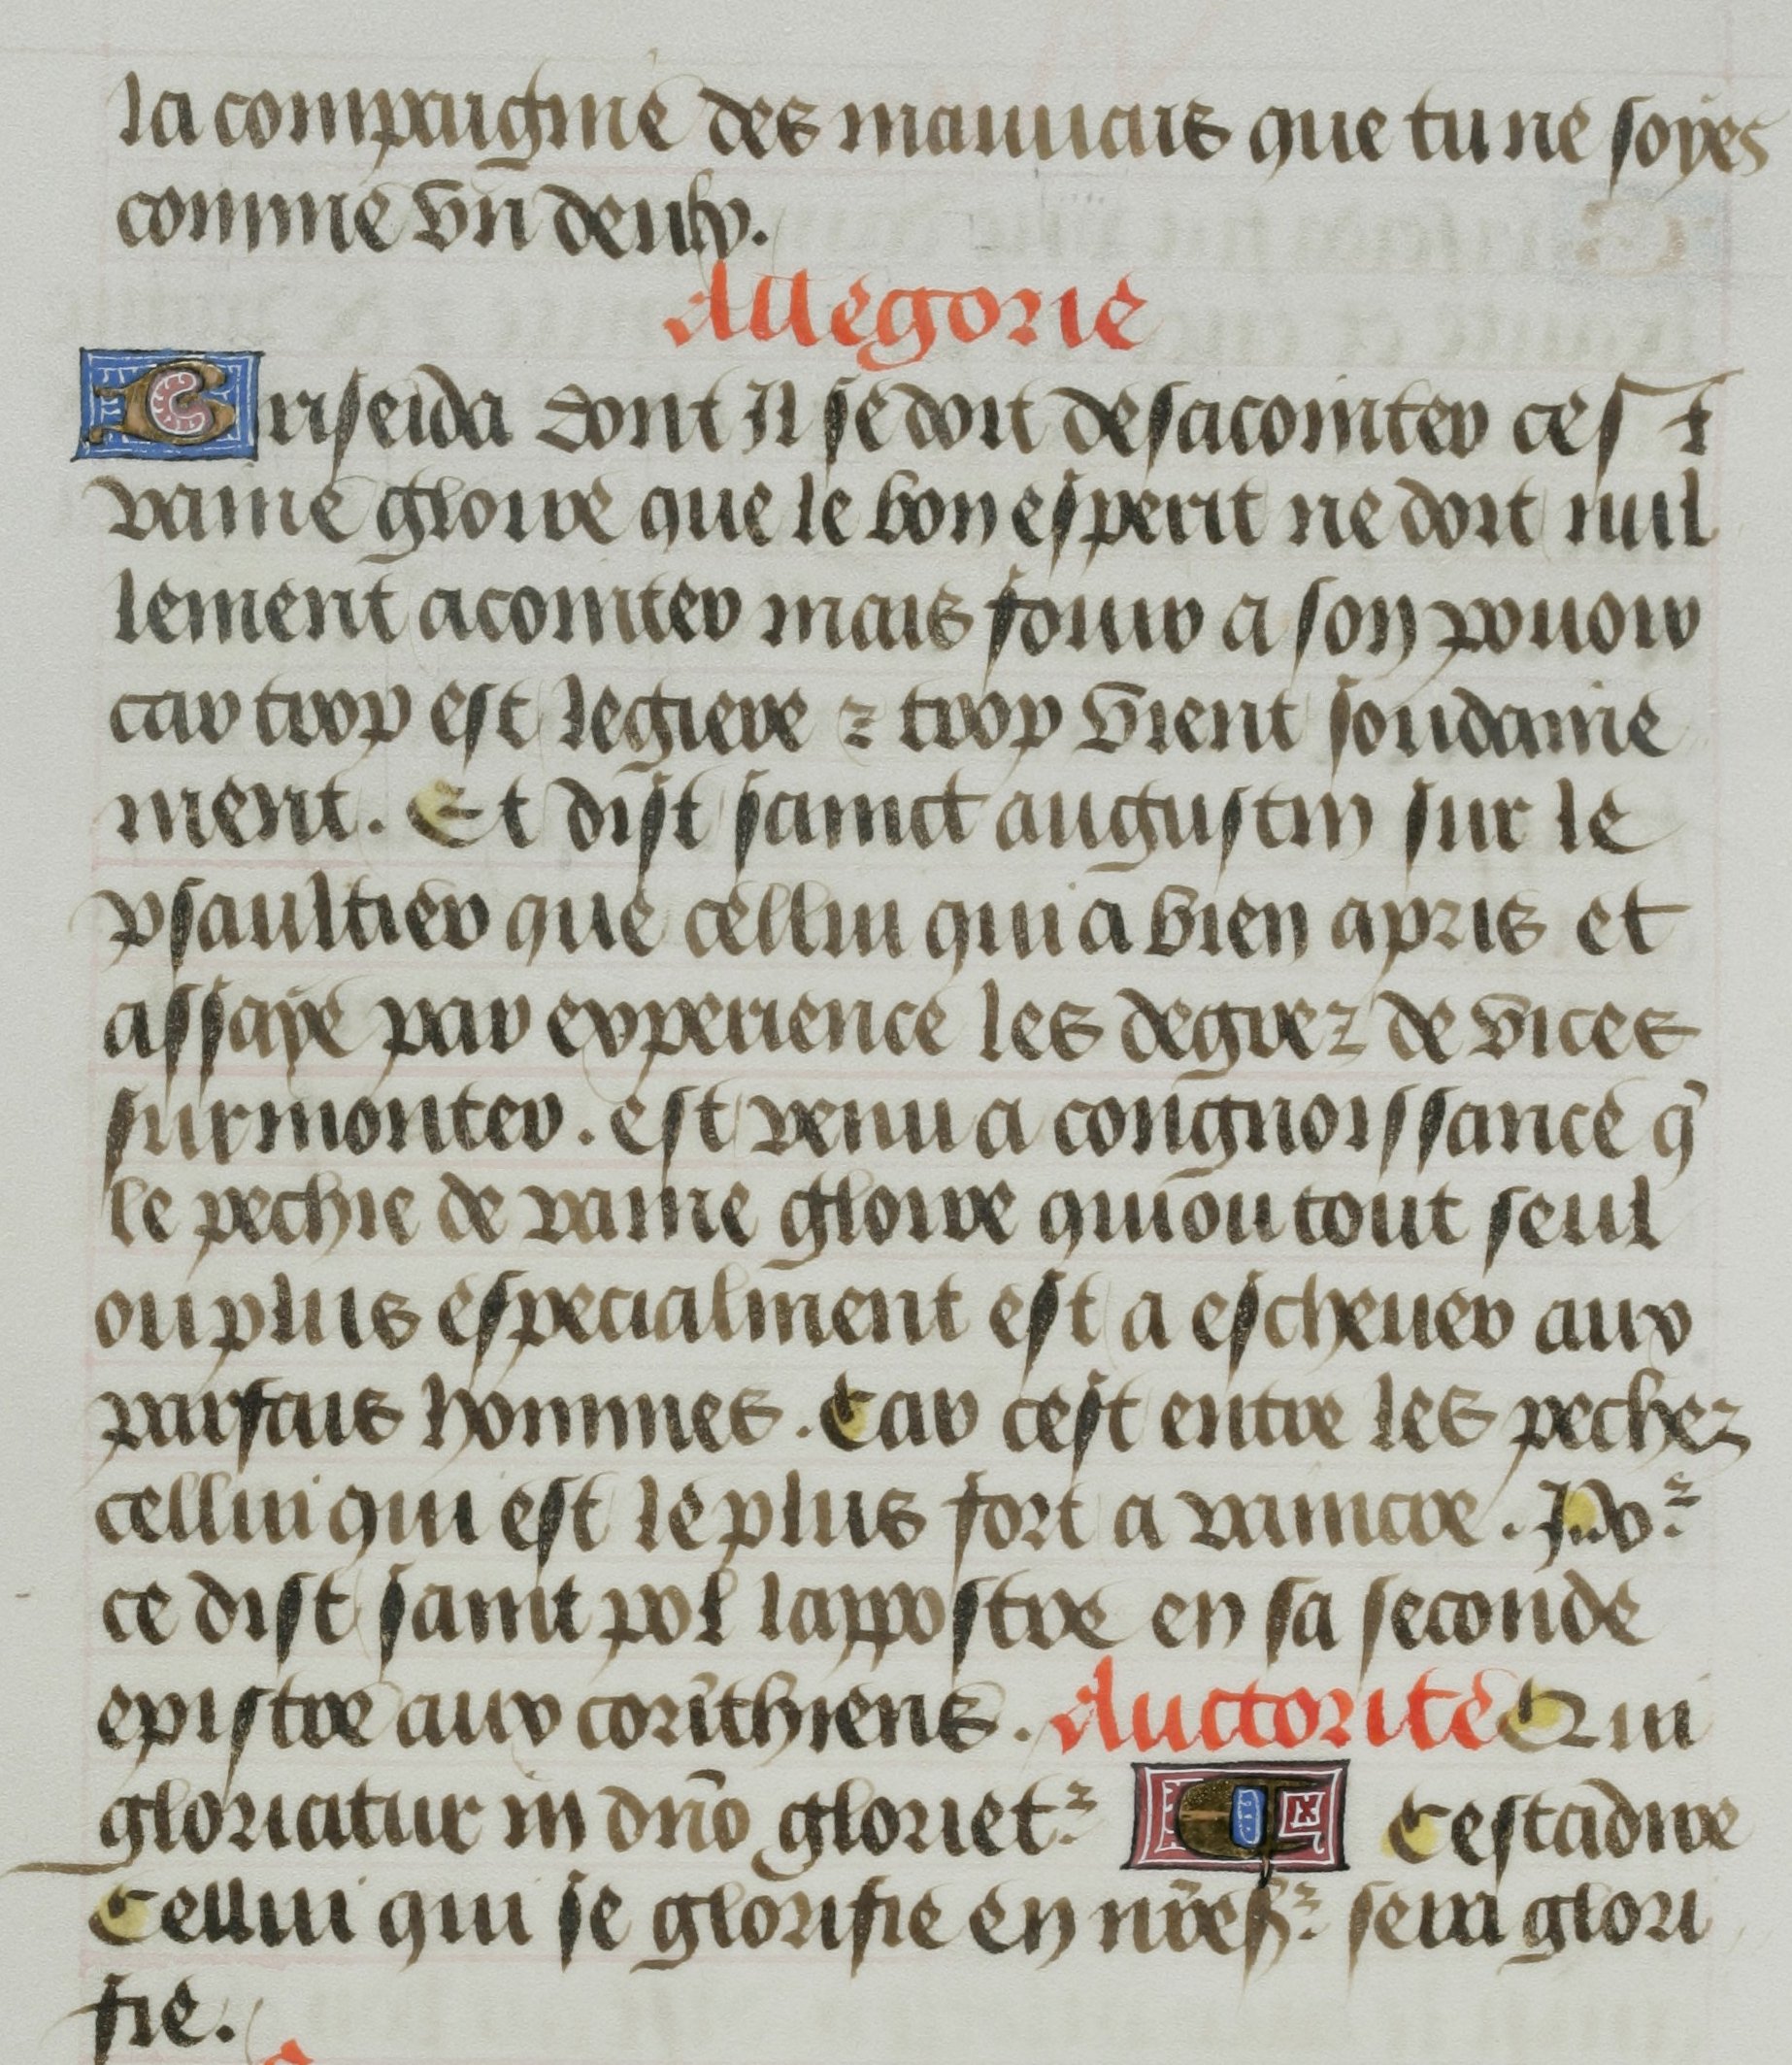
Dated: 1455–1465